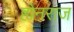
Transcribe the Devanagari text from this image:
होनराज